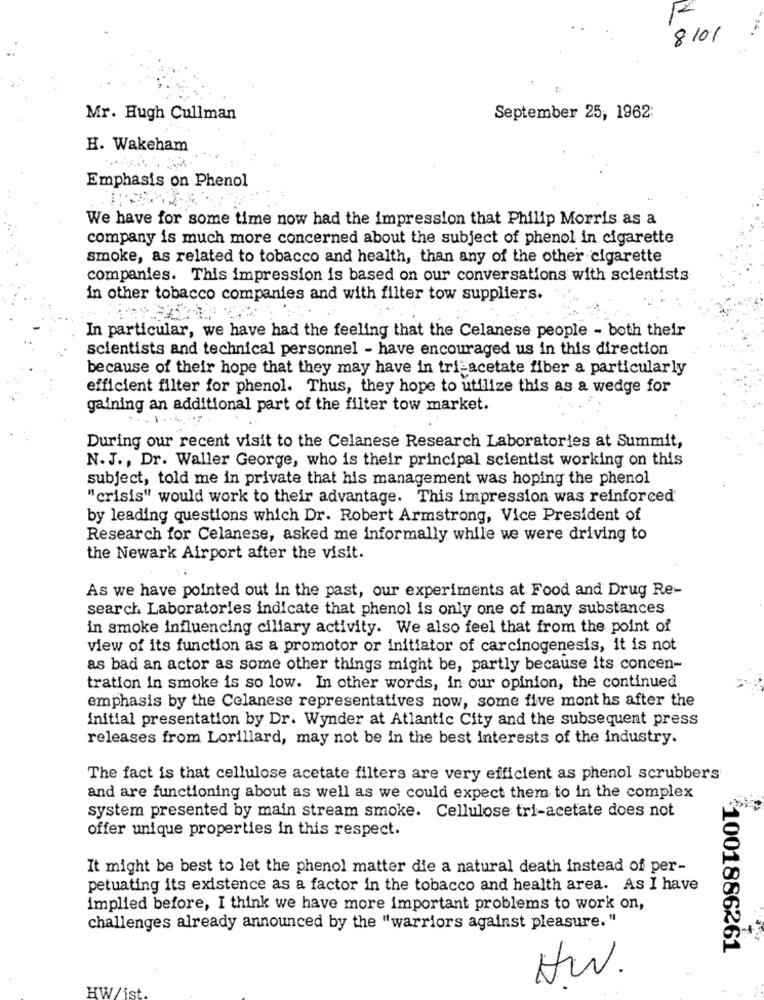
8101
Mr. Hugh Cullman
September 25, 1962:
H. Wakeham
Emphasis on Phenol
We have for some time now had the impression that Philip Morris as a
company is much more concerned about the subject of phenol in cigarette
smoke, as related to tobacco and health, than any of the other cigarette
companies. This impression is based on our conversations with scientists
in other tobacco companies and with filter tow suppliers.
In particular, we have had the feeling that the Celanese people - both their
scientists and technical personnel - have encouraged us in this direction
because of their hope that they may have in tri-acetate fiber a particularly
efficient filter for phenol. Thus, they hope to utilize this as a wedge for
gaining an additional part of the filter tow market.
During our recent visit to the Celanese Research Laboratories at Summit,
N. J ., Dr. Waller George, who is their principal scientist working on this
subject, told me in private that his management was hoping the phenol
"crisis" would work to their advantage. This impression was reinforced'
by leading questions which Dr. Robert Armstrong, Vice President of
Research for Celanese, asked me informally while we were driving to
the Newark Airport after the visit.
As we have pointed out in the past, our experiments at Food and Drug Re-
search Laboratories indicate that phenol is only one of many substances
in smoke influencing ciliary activity. We also feel that from the point of
view of its function as a promotor or initiator of carcinogenesis, it is not
as bad an actor as some other things might be, partly because its concen-
tration in smoke is so low. In other words, in our opinion, the continued
emphasis by the Celanese representatives now, some five months after the
initial presentation by Dr. Wynder at Atlantic City and the subsequent press
releases from Lorillard, may not be in the best interests of the industry.
The fact is that cellulose acetate filters are very efficient as phenol scrubbers
and are functioning about as well as we could expect them to in the complex
system presented by main stream smoke. Cellulose tri-acetate does not
offer unique properties in this respect.
It might be best to let the phenol matter die a natural death instead of per-
petuating its existence as a factor in the tobacco and health area. As I have
implied before, I think we have more important problems to work on,
challenges already announced by the "warriors against pleasure."
1001886261
HW.
HW/is